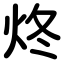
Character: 炵